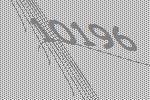
10196